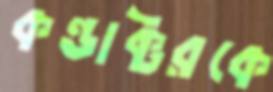
কন্ডাক্টরকে